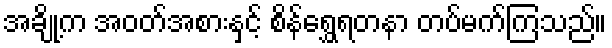
အချို့က အဝတ်အစားနှင့် စိန်ရွှေရတနာ တပ်မက်ကြသည်။